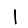
Digit: 1